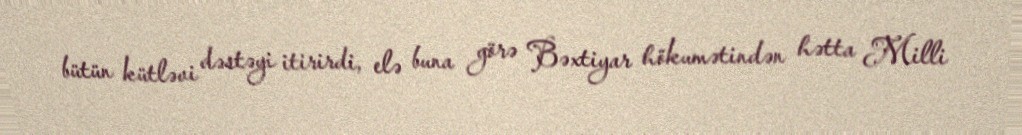
bütün kütləvi dəstəyi itirirdi, elə buna görə Bəxtiyar hökumətindən hətta Milli